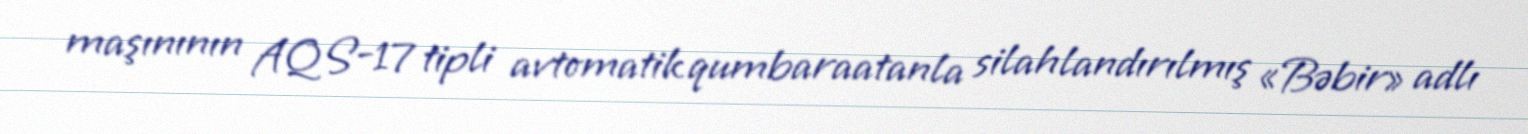
maşınının AQS-17 tipli avtomatik qumbaraatanla silahlandırılmış «Bəbir» adlı